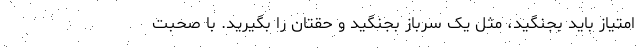
امتیاز باید بجنگید، مثل یک سرباز بجنگید و حقتان را بگیرید. با صحبت